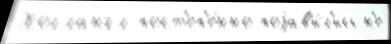
Холлангл пост'еп'е́нно поjав'и́л'ись н'е